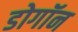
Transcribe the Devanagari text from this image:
डोगॉन